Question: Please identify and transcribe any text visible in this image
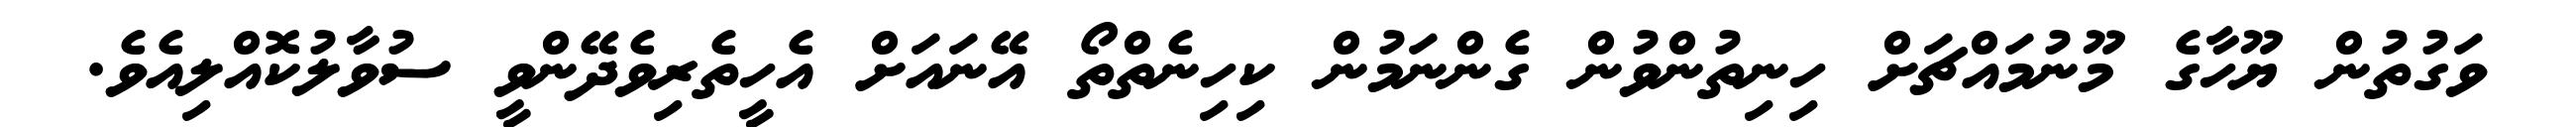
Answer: ވަގުތުން ޔޫހާގެ މޫނުމައްޗަށް ހިނިތުންވުން ގެންނަމުން ކިހިނެތްތޯ އޭނައަށް އެހީތެރިވެދޭންވީ ސުވާލުކޮއްލިއެވެ.